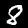
Label: 8